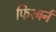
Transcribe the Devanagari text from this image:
फिश्बर्न